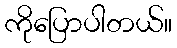
ကိုပြောပါတယ်။